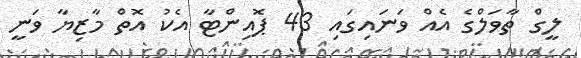
ލީގް ތާވަލްގެ އެއް ވަނައިގައި 43 ޕޮއިންޓާ އެކު އޮތް މާޒިޔާ ވަނީ